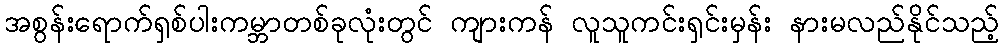
အစွန်းရောက်ရှစ်ပါးကမ္ဘာတစ်ခုလုံးတွင် ကျားကန် လူသူကင်းရှင်းမှန်း နားမလည်နိုင်သည့်